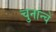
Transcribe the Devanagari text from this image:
चुनांन्चे